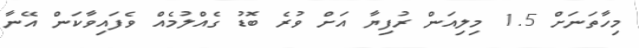
މިހާތަނަށް 1.5 މިލިއަން ރުފިޔާ އަށް ވުރެ ބޮޑު ގެއްލުމެއް ވެފައިވާކަން އޭނާ